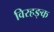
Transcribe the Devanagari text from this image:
विरहङ्क